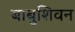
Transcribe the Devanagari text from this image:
बाबुशिवन